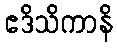
ဧဒိသိကာနိ